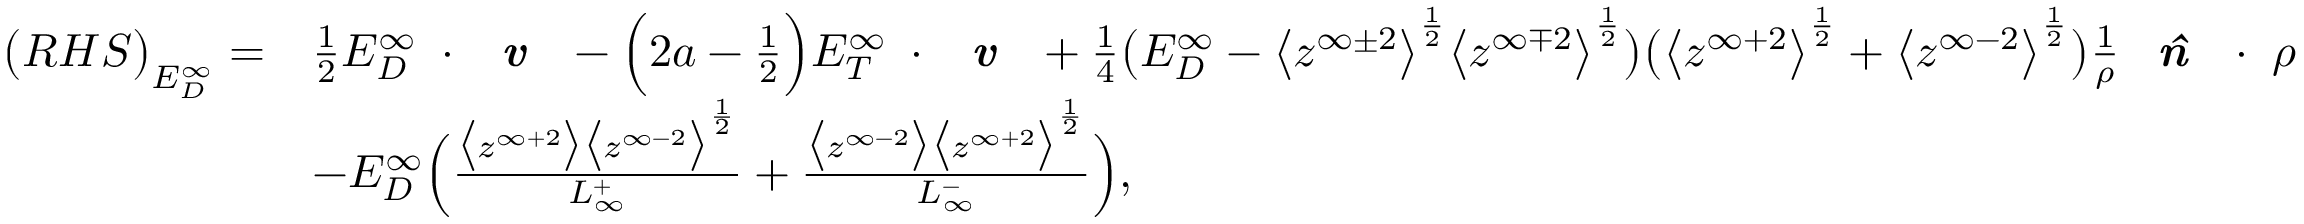
\begin{array} { r l } { \big ( R H S \big ) _ { E _ { D } ^ { \infty } } = } & { \frac { 1 } { 2 } E _ { D } ^ { \infty } \mathbf { \nabla } \cdot \textbf { \emph { v } } - \Big ( 2 a - \frac { 1 } { 2 } \Big ) E _ { T } ^ { \infty } \mathbf { \nabla } \cdot \textbf { \emph { v } } + \frac { 1 } { 4 } \big ( E _ { D } ^ { \infty } - \big < z ^ { \infty \pm 2 } \big > ^ { \frac { 1 } { 2 } } \big < z ^ { \infty \mp 2 } \big > ^ { \frac { 1 } { 2 } } \big ) \big ( \big < z ^ { \infty + 2 } \big > ^ { \frac { 1 } { 2 } } + \big < z ^ { \infty - 2 } \big > ^ { \frac { 1 } { 2 } } \big ) \frac { 1 } { \rho } \textbf { \emph { \^ n } } \cdot \mathbf { \nabla } \rho } \\ & { - E _ { D } ^ { \infty } \Big ( \frac { \big < z ^ { \infty + 2 } \big > \big < z ^ { \infty - 2 } \big > ^ { \frac { 1 } { 2 } } } { L _ { \infty } ^ { + } } + \frac { \big < z ^ { \infty - 2 } \big > \big < z ^ { \infty + 2 } \big > ^ { \frac { 1 } { 2 } } } { L _ { \infty } ^ { - } } \Big ) , } \end{array}